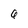
Character: 6